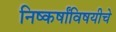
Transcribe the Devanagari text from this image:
निष्कर्षांविषयीचे